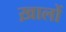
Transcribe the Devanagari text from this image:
ख़ालों